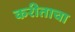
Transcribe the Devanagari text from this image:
करीताचा